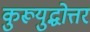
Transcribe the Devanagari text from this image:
कुरूयुद्धोत्तर